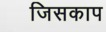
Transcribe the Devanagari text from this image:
जिसकाप